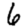
Digit: 6